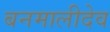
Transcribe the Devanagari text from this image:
बनमालीदेव